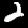
Label: 2